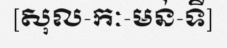
[សុល-កៈ-មន់-ទី]